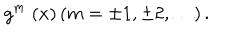
LaTeX: g ^ { m } \; ( x ) \left( m = \pm 1 , \pm 2 , \ldots \right) .